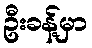
ဦးခန့်မှာ